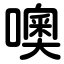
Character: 噢